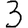
Digit: 3